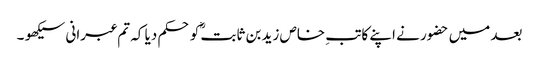
بعد میں حضور نے اپنے کاتبِ خاص زید بن ثابتؓ کو حکم دیا کہ تم عبرانی سیکھو ۔